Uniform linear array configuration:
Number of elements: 24
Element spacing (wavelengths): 0.5
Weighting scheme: hamming
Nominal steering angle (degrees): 30
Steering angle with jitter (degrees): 29.046
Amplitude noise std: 0.05
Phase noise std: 0.05

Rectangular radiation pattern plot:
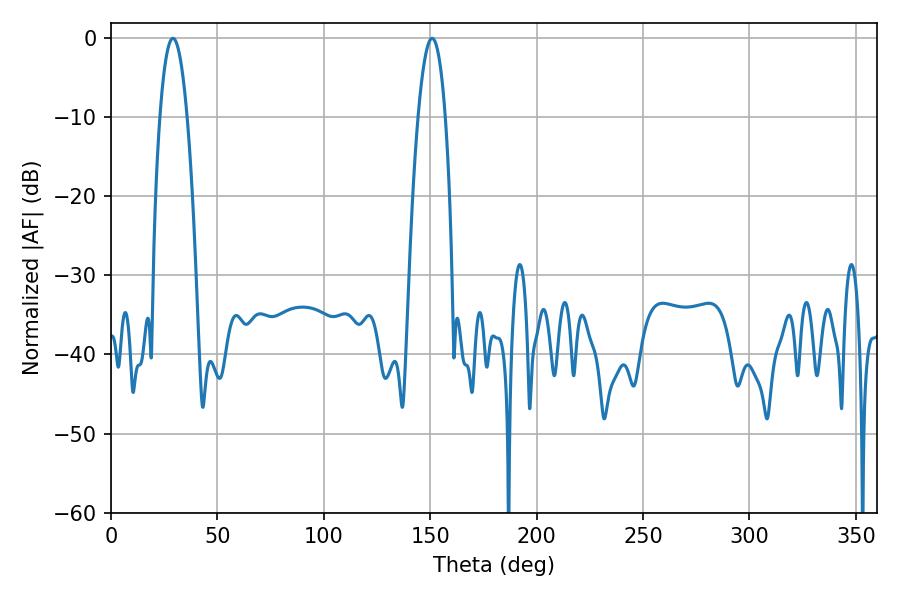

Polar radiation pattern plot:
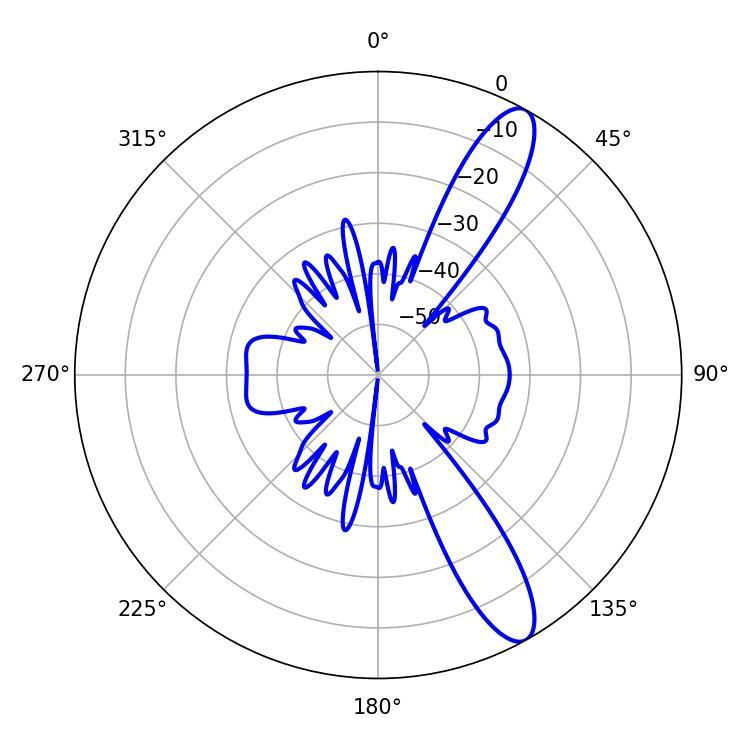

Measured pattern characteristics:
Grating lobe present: FALSE
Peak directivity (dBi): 11.889
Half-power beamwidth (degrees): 7.2
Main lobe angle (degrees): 29.16